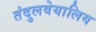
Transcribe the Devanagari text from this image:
तंदुलवेयालिय